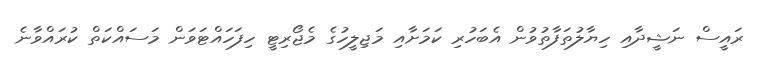
ރައީސް ނަޝީދާއި ހިޔާލުތަފާތުވުން އެބަހުރި ކަމަށާއި މަޖިލީހުގެ މެޖޯރިޓީ ހިފަހައްޓަވަން މަސައްކަތް ކުރައްވާނެ